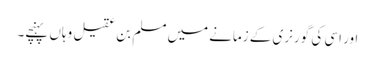
اور اسی کی گورنری کے زمانے میں مسلم بن عقیل وہاں پہنچے۔